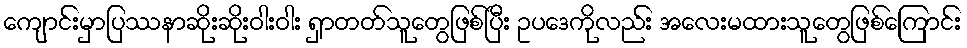
ကျောင်းမှာပြဿနာဆိုးဆိုးဝါးဝါး ရှာတတ်သူတွေဖြစ်ပြီး ဥပဒေကိုလည်း အလေးမထားသူတွေဖြစ်ကြောင်း